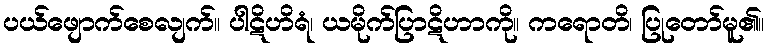
ပယ်ဖျောက်စေလျက်။ ပါဋိဟိရံ၊ ယမိုက်ပြာဋိဟာကို။ ကရောတိ၊ ပြုတော်မူ၏။